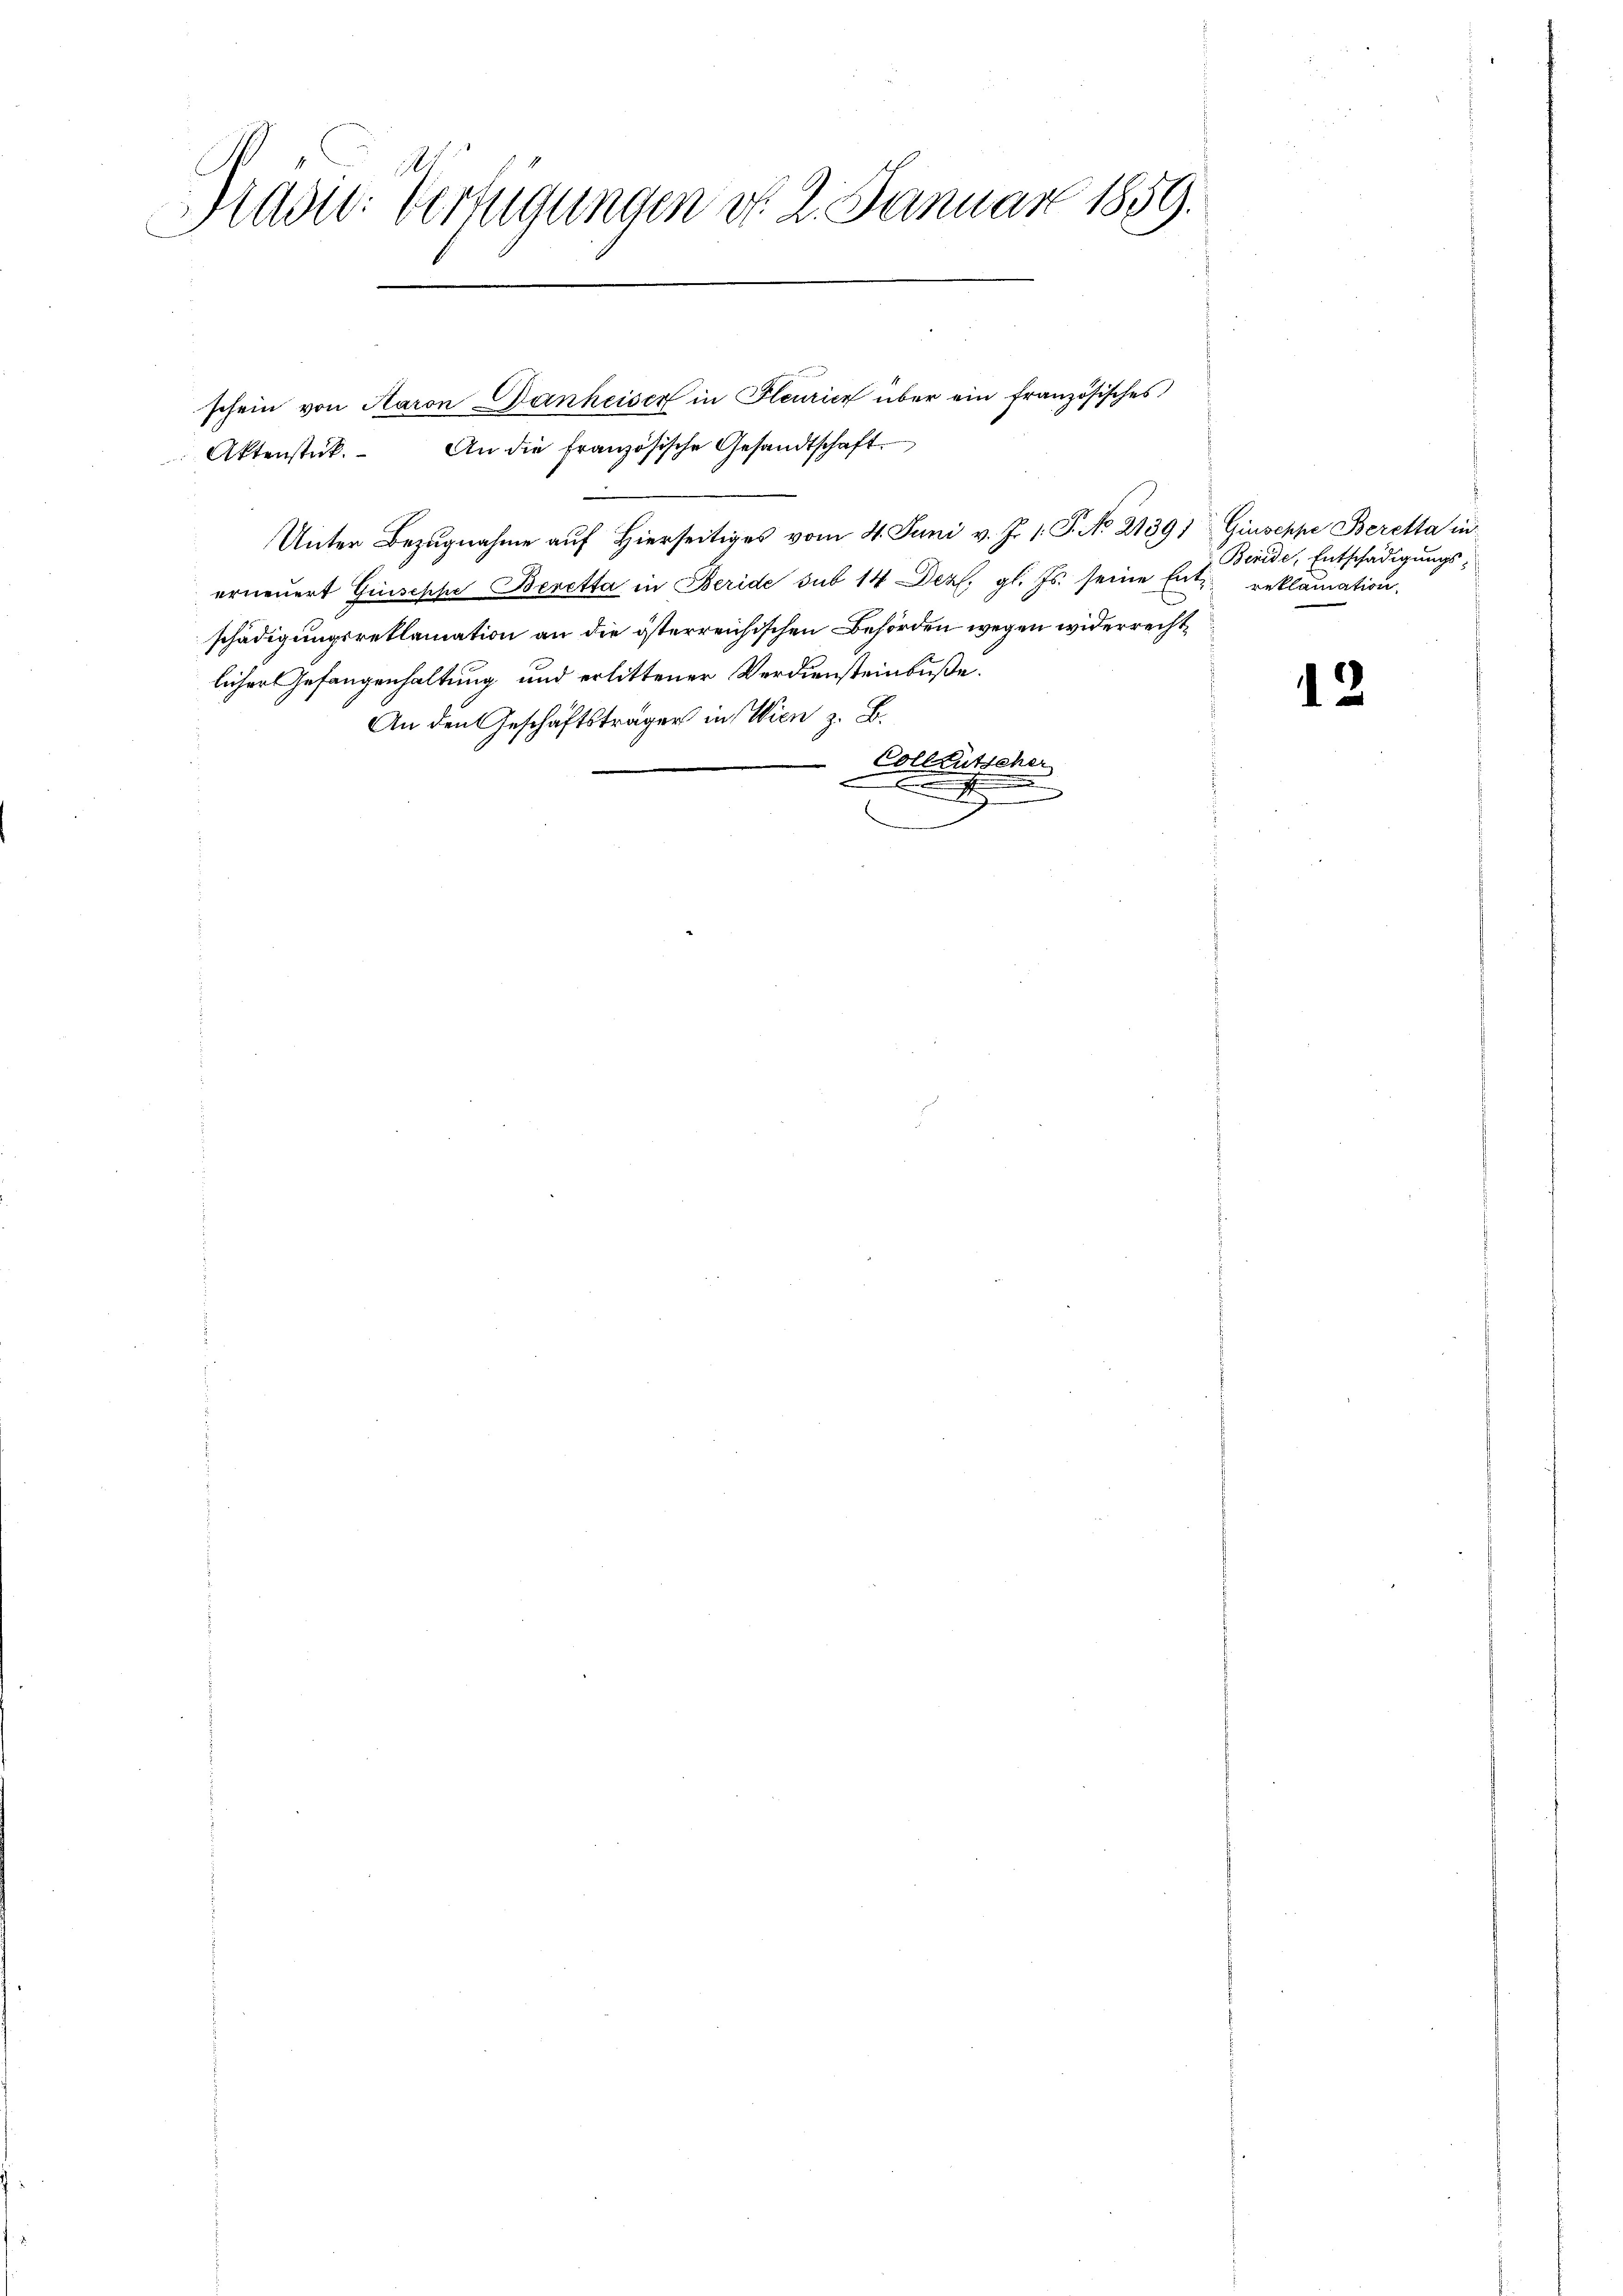
r
h
rugungen d. 2. Januar 1859.
Adit. 1
Er

schein von Aaron Danheiser in Fleurier über ein französisches
Aktenstück. An die französische Gesandtschaft
Unter Bezugnahme auf Hierseitiges vom 4. Juni v. J. 1. P. No 21391 Giuseppe Beretta in
erneuert Guseppe Beretta in Beride sub 14 Dez. gl. Js. seine Entz reklamation,
schädigungsreklamation an die österreichischen Behörden wegen widerrechtlicher Gefangenhaltung und erlittener Verdiensteinbuße.
An den Geschäftsträger in Wien z. B.
Collentscher

Beride, Entschädigungs-

12.